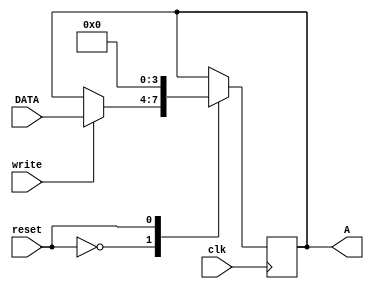
module Register_sync_rw #(
     parameter WIDTH=4)
    (
	  input  clk, reset,write,
	  input	[WIDTH-1:0] DATA,
	  output reg [WIDTH-1:0] A
    );
	 
always@(posedge clk) begin
	case(reset)
	1'b0:begin
		if(write==1'b1)
			A<=DATA;
	end
	1'b1:A<=0;
	default:A<=0;
	endcase

end
	 
endmodule